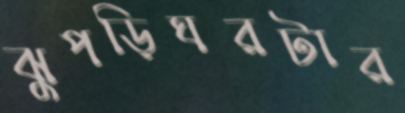
ঝুপড়িঘরটার